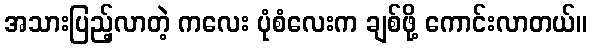
အသားပြည့်လာတဲ့ ကလေး ပုံစံလေးက ချစ်ဖို့ ကောင်းလာတယ်။